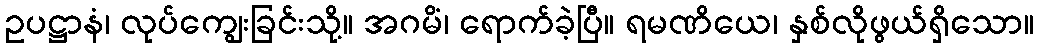
ဥပဋ္ဌာနံ၊ လုပ်ကျွေးခြင်းသို့။ အဂမိံ၊ ရောက်ခဲ့ပြီ။ ရမဏိယေ၊ နှစ်လိုဖွယ်ရှိသော။